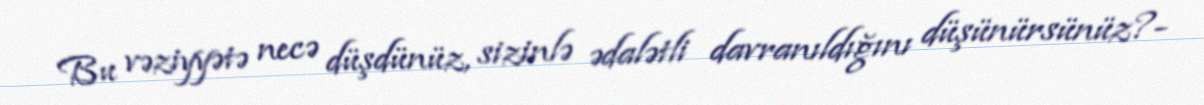
Bu vəziyyətə necə düşdünüz, sizinlə ədalətli davranıldığını düşünürsünüz?-